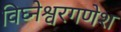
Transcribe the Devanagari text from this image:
विघ्नेश्वरगणेश